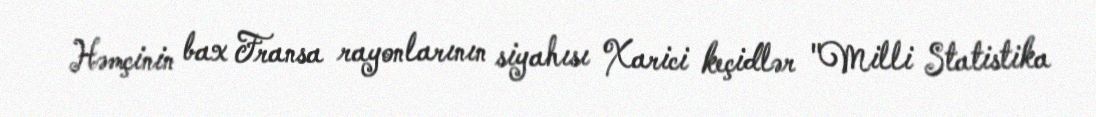
Həmçinin bax Fransa rayonlarının siyahısı Xarici keçidlər "Milli Statistika